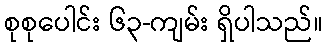
စုစုပေါင်း ၆၃-ကျမ်း ရှိပါသည်။